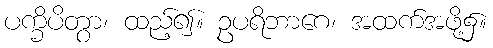
ပက္ခိပိတွာ၊ ထည့်၍။ ဥပရိဘာဂေ၊ အထက်အဖို့၌။